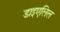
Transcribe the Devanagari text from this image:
डाइएलिल